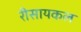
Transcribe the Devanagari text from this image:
रीसायकल